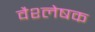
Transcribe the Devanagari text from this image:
वैश्लेषक